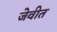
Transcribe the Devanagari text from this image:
जेवीत